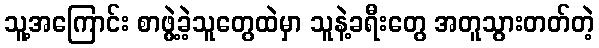
သူ့အကြောင်း စာဖွဲ့ခဲ့သူတွေထဲမှာ သူနဲ့ခရီးတွေ အတူသွားတတ်တဲ့